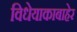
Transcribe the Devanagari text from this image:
विधेयाकाबाहेर